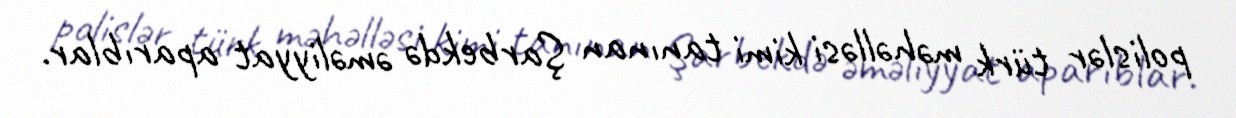
polislər türk məhəlləsi kimi tanınan Şarbekdə əməliyyat aparıblar.